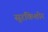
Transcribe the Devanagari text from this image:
सूरकिशोर